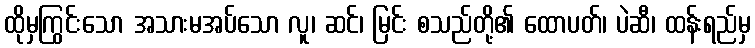
ထိုမှကြွင်းသော အသားမအပ်သော လူ၊ ဆင်၊ မြင်း စသည်တို့၏ ထောပတ်၊ ပဲဆီ၊ ထန်းရည်မှ